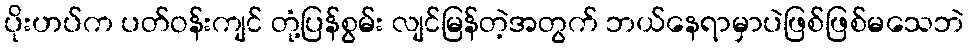
ပိုးဟပ်က ပတ်ဝန်းကျင် တုံ့ပြန်စွမ်း လျင်မြန်တဲ့အတွက် ဘယ်နေရာမှာပဲဖြစ်ဖြစ်မသေဘဲ